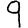
Digit: 9